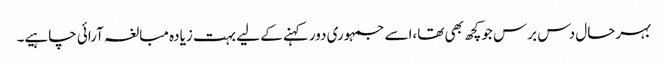
بہرحال دس برس جوکچھ بھی تھا،اسے جمہوری دورکہنے کے لیے بہت زیادہ مبالغہ آرائی چاہیے۔